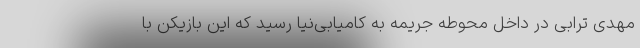
مهدی ترابی در داخل محوطه جریمه به کامیابی‌نیا رسید که این بازیکن با